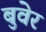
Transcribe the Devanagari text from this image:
बुवेर